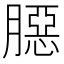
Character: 𦠲